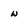
Character: w